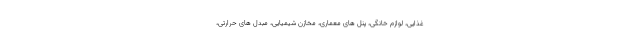
غذایی، لوازم خانگی، پنل های معماری، مخازن شیمیایی، مبدل های حرارتی،